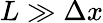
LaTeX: L\gg\Delta x